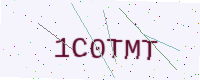
Text: 1C0TMT